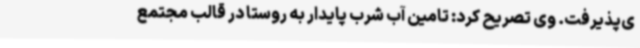
ی‌پذیرفت. وی تصریح کرد: تامین آب شرب پایدار به روستا در قالب مجتمع